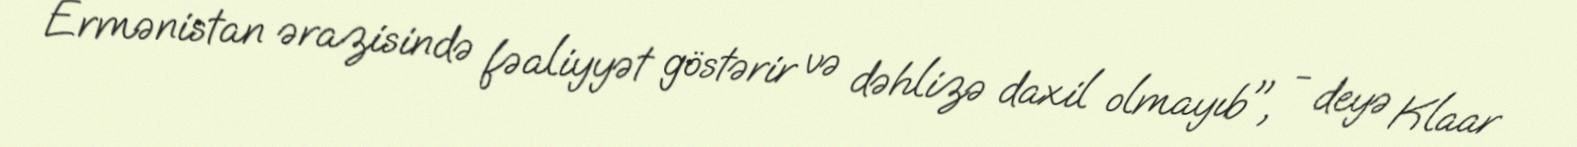
Ermənistan ərazisində fəaliyyət göstərir və dəhlizə daxil olmayıb", - deyə Klaar